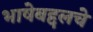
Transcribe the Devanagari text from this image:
भाषेबद्दलचे